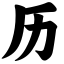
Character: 历